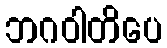
ဘဂဝါတိပေ